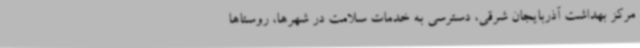
مرکز بهداشت آذربایجان شرقی، دسترسی به خدمات سلامت در شهرها، روستاها